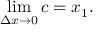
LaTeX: \operatorname* { l i m } _ { \Delta x \to 0 } c = x _ { 1 } .